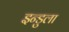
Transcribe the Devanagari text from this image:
इन्डुला